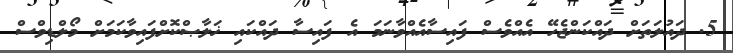
5. ދައުލަތަށް ދައްކަންޖެހޭ އެއްވެސް ފައިސާއެއްވާނަމަ އެ ފައިސާ ދައްކައި ޚަލާޞްކޮށްފައިވާކަމަށް މޯލްޑިވްސް